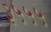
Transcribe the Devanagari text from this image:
३५५५